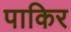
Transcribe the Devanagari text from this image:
पाकिर